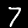
Label: 7